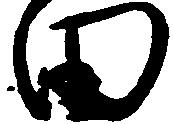
田